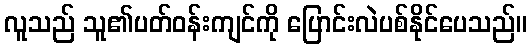
လူသည် သူ၏ပတ်ဝန်းကျင်ကို ပြောင်းလဲပစ်နိုင်ပေသည်။